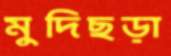
মুদিছড়া